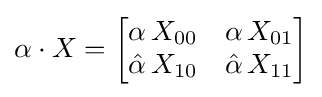
\alpha \cdot X={\begin{bmatrix}\alpha \,X_{00}&\alpha \,X_{01}\\{\hat {\alpha }}\,X_{10}&{\hat {\alpha }}\,X_{11}\end{bmatrix}}